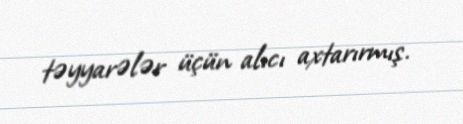
təyyarələr üçün alıcı axtarırmış.